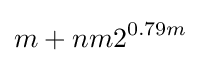
m+nm2^{0.79m}